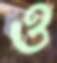
ও